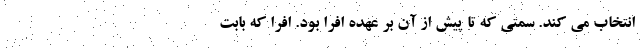
انتخاب می کند. سمتی که تا پیش از آن بر عهده افرا بود. افرا که بابت